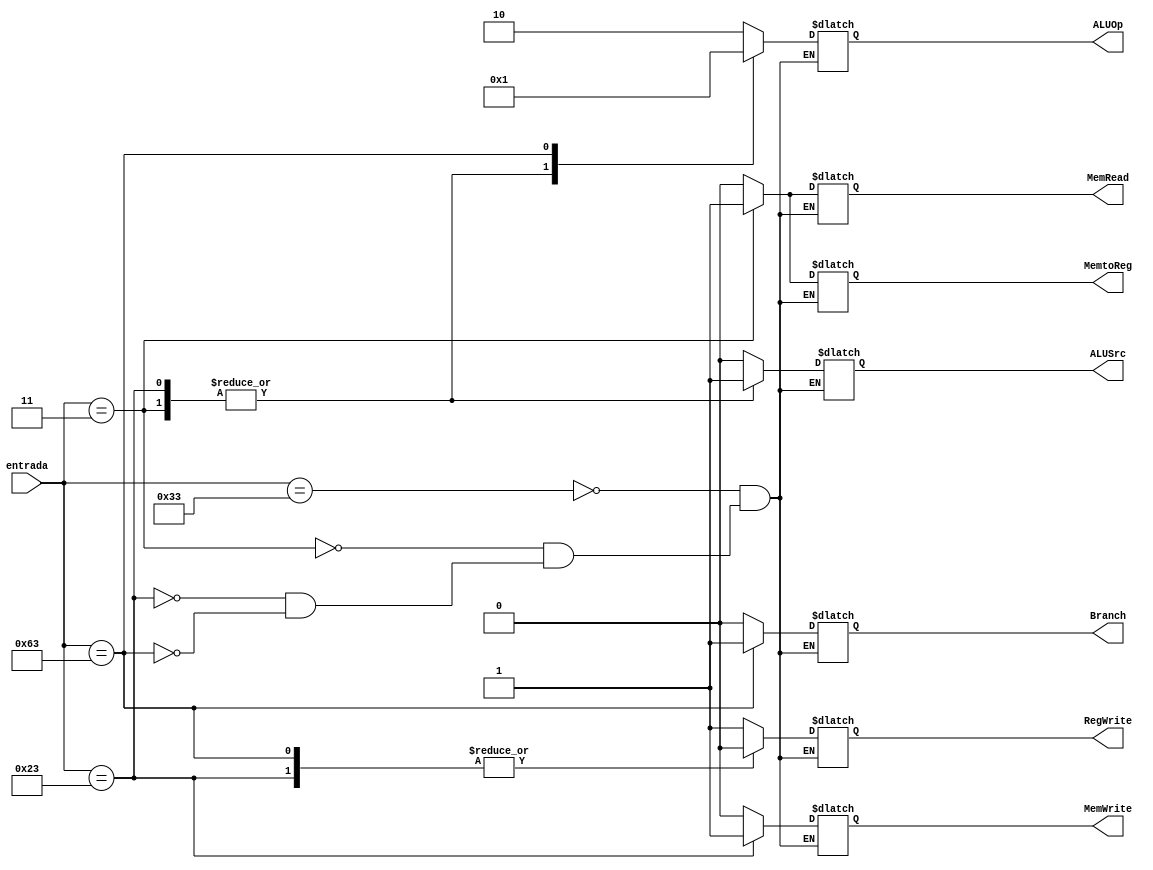
module control(

    input [6:0] entrada,
    output ALUSrc,
    output MemtoReg,
    output RegWrite,
    output MemRead,
    output MemWrite,
    output Branch,
    output [1:0] ALUOp

);
    // parametros para os estados
    parameter opcodeRType = 7'b0110011; 
    parameter opcodeLd = 7'b0000011;
    parameter opcodeSd = 7'b0100011;
    parameter opcodeBeq = 7'b1100011; // Consideramos o opcode do BEQ como este. Ressalta-se pois no livro há 2 opções

    reg ALUSrc;
    reg MemtoReg;
    reg RegWrite;
    reg MemRead;
    reg MemWrite;
    reg Branch;
    reg [1:0] ALUOp;


    always @(entrada)

      case (entrada)
          opcodeRType:
              begin
                ALUSrc = 0;
                MemtoReg = 0;
                RegWrite =1;
                MemRead = 0;
                MemWrite = 0;
                Branch = 0;
                ALUOp = 2'b10; 
                
              end

          opcodeLd:
              begin
                ALUSrc = 1;
                MemtoReg = 1;
                RegWrite = 1;
                MemRead = 1;
                MemWrite = 0;
                Branch = 0;
                ALUOp = 2'b00;
              end

          opcodeSd:
              begin
                ALUSrc = 1;
                MemtoReg = 0; //dont care
                RegWrite = 0;
                MemRead = 0;
                MemWrite = 1;
                Branch = 0;
                ALUOp = 2'b00;
              end
          opcodeBeq:
              begin
                ALUSrc = 0;
                MemtoReg = 0; //dont care
                RegWrite = 0;
                MemRead = 0;
                MemWrite = 0;
                Branch = 1;
                ALUOp = 2'b01;
              end
      endcase
    
endmodule